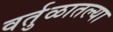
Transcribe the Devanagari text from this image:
वर्तुळातल्या